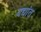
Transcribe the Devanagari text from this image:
यद्यांत